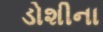
ડોશીના